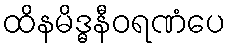
ထိနမိဒ္ဓနီဝရဏံပေ